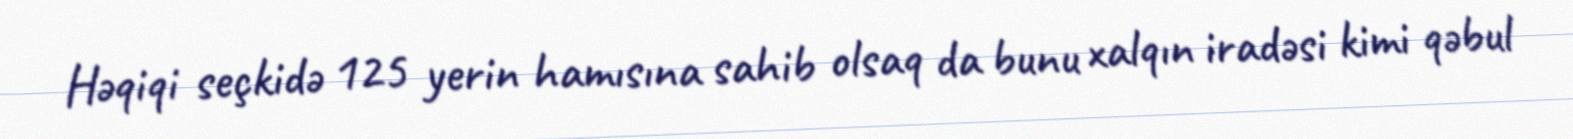
Həqiqi seçkidə 125 yerin hamısına sahib olsaq da bunu xalqın iradəsi kimi qəbul